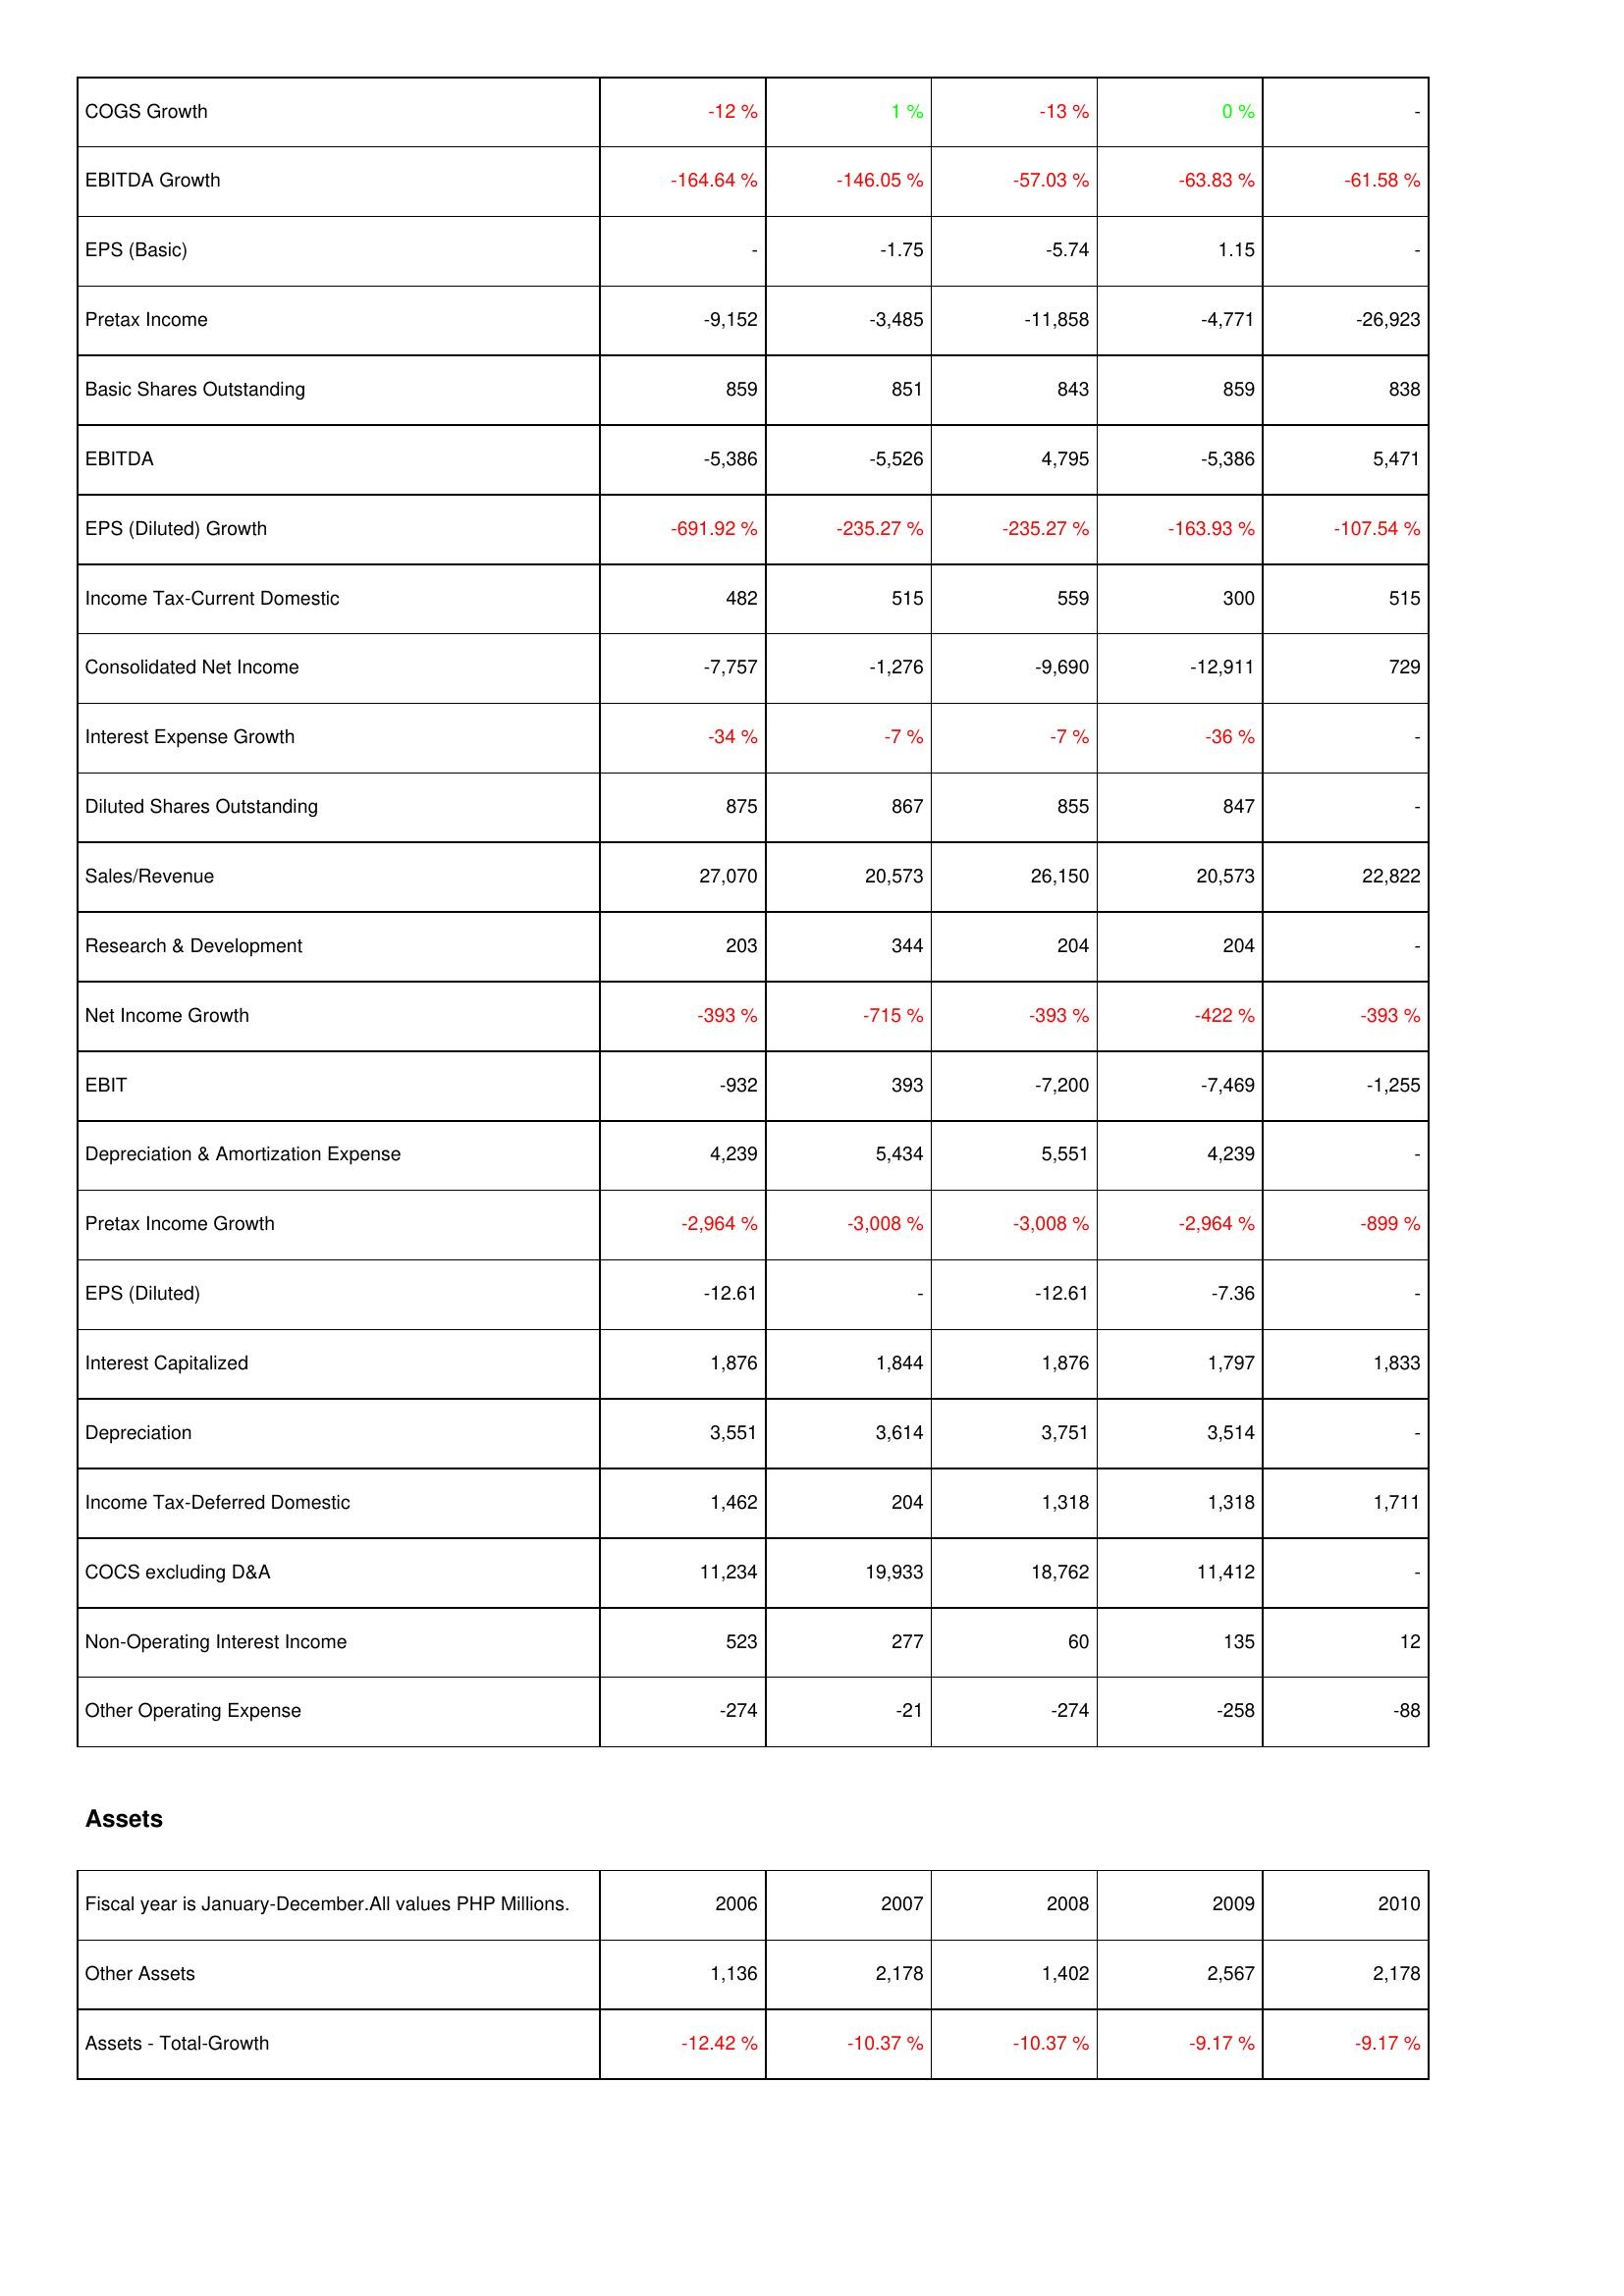
2006: Income Statement: COGS Growth: -12 %
EBITDA Growth: -164.64 %
EPS (Basic): -
Pretax Income: -9,152
Basic Shares Outstanding: 859
EBITDA: -5,386
EPS (Diluted) Growth: -691.92 %
Income Tax-Current Domestic: 482
Consolidated Net Income: -7,757
Interest Expense Growth: -34 %
Diluted Shares Outstanding: 875
Sales/Revenue: 27,070
Research & Development: 203
Net Income Growth: -393 %
EBIT: -932
Depreciation & Amortization Expense: 4,239
Pretax Income Growth: -2,964 %
EPS (Diluted): -12.61
Interest Capitalized: 1,876
Depreciation: 3,551
Income Tax-Deferred Domestic: 1,462
COCS excluding D&A: 11,234
Non-Operating Interest Income: 523
Other Operating Expense: -274
Assets: Other Assets: 1,136
Assets - Total-Growth: -12.42 %
2007: Income Statement: COGS Growth: 1 %
EBITDA Growth: -146.05 %
EPS (Basic): -1.75
Pretax Income: -3,485
Basic Shares Outstanding: 851
EBITDA: -5,526
EPS (Diluted) Growth: -235.27 %
Income Tax-Current Domestic: 515
Consolidated Net Income: -1,276
Interest Expense Growth: -7 %
Diluted Shares Outstanding: 867
Sales/Revenue: 20,573
Research & Development: 344
Net Income Growth: -715 %
EBIT: 393
Depreciation & Amortization Expense: 5,434
Pretax Income Growth: -3,008 %
EPS (Diluted): -
Interest Capitalized: 1,844
Depreciation: 3,614
Income Tax-Deferred Domestic: 204
COCS excluding D&A: 19,933
Non-Operating Interest Income: 277
Other Operating Expense: -21
Assets: Other Assets: 2,178
Assets - Total-Growth: -10.37 %
2008: Income Statement: COGS Growth: -13 %
EBITDA Growth: -57.03 %
EPS (Basic): -5.74
Pretax Income: -11,858
Basic Shares Outstanding: 843
EBITDA: 4,795
EPS (Diluted) Growth: -235.27 %
Income Tax-Current Domestic: 559
Consolidated Net Income: -9,690
Interest Expense Growth: -7 %
Diluted Shares Outstanding: 855
Sales/Revenue: 26,150
Research & Development: 204
Net Income Growth: -393 %
EBIT: -7,200
Depreciation & Amortization Expense: 5,551
Pretax Income Growth: -3,008 %
EPS (Diluted): -12.61
Interest Capitalized: 1,876
Depreciation: 3,751
Income Tax-Deferred Domestic: 1,318
COCS excluding D&A: 18,762
Non-Operating Interest Income: 60
Other Operating Expense: -274
Assets: Other Assets: 1,402
Assets - Total-Growth: -10.37 %
2009: Income Statement: COGS Growth: 0 %
EBITDA Growth: -63.83 %
EPS (Basic): 1.15
Pretax Income: -4,771
Basic Shares Outstanding: 859
EBITDA: -5,386
EPS (Diluted) Growth: -163.93 %
Income Tax-Current Domestic: 300
Consolidated Net Income: -12,911
Interest Expense Growth: -36 %
Diluted Shares Outstanding: 847
Sales/Revenue: 20,573
Research & Development: 204
Net Income Growth: -422 %
EBIT: -7,469
Depreciation & Amortization Expense: 4,239
Pretax Income Growth: -2,964 %
EPS (Diluted): -7.36
Interest Capitalized: 1,797
Depreciation: 3,514
Income Tax-Deferred Domestic: 1,318
COCS excluding D&A: 11,412
Non-Operating Interest Income: 135
Other Operating Expense: -258
Assets: Other Assets: 2,567
Assets - Total-Growth: -9.17 %
2010: Income Statement: COGS Growth: -
EBITDA Growth: -61.58 %
EPS (Basic): -
Pretax Income: -26,923
Basic Shares Outstanding: 838
EBITDA: 5,471
EPS (Diluted) Growth: -107.54 %
Income Tax-Current Domestic: 515
Consolidated Net Income: 729
Interest Expense Growth: -
Diluted Shares Outstanding: -
Sales/Revenue: 22,822
Research & Development: -
Net Income Growth: -393 %
EBIT: -1,255
Depreciation & Amortization Expense: -
Pretax Income Growth: -899 %
EPS (Diluted): -
Interest Capitalized: 1,833
Depreciation: -
Income Tax-Deferred Domestic: 1,711
COCS excluding D&A: -
Non-Operating Interest Income: 12
Other Operating Expense: -88
Assets: Other Assets: 2,178
Assets - Total-Growth: -9.17 %